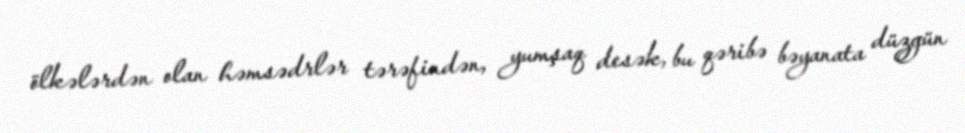
ölkələrdən olan həmsədrlər tərəfindən, yumşaq desək, bu qəribə bəyanata düzgün